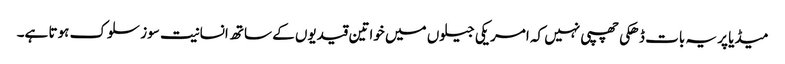
میڈیا پر یہ بات ڈھکی چھپی نہیں کہ امریکی جیلوں میں خواتین قیدیوں کے ساتھ انسانیت سوز سلوک ہوتا ہے۔